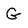
Character: G